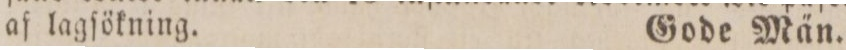
af lagſökning.    Gode Män.